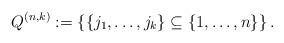
LaTeX: \begin{align*} Q^{(n,k)} :=\left \lbrace \left \lbrace j_1, \ldots, j_k \right \rbrace \subseteq \left \lbrace 1, \ldots, n \right \rbrace \right \rbrace .\end{align*}